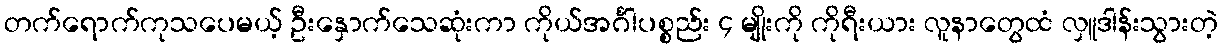
တက်ရောက်ကုသပေမယ့် ဦးနှောက်သေဆုံးကာ ကိုယ်အင်္ဂါပစ္စည်း ၄ မျိုးကို ကိုရီးယား လူနာတွေထံ လှူဒါန်းသွားတဲ့